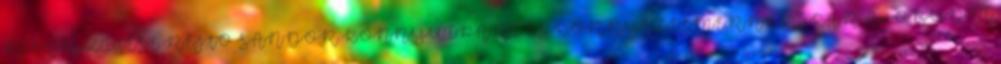
KIEGÉSZÍTÉSE REJTŐ SÁNDOR KÖNNYŰIPARI ÉS KÖRNYEZETMÉRNÖKI KAR Az ÓBUDAI